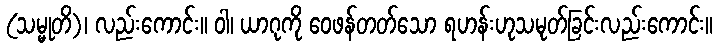
(သမ္မုတိ)၊ လည်းကောင်း။ ဝါ၊ ယာဂုကို ဝေဖန်တတ်သော ရဟန်းဟုသမုတ်ခြင်းလည်းကောင်း။